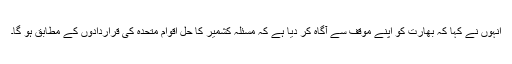
انہوں نے کہا کہ بھارت کو اپنے موقف سے آگاہ کر دیا ہے کہ مسئلہ کشمیر کا حل اقوام متحدہ کی قراردادوں کے مطابق ہو گا۔